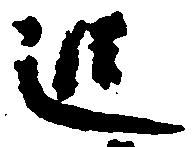
追